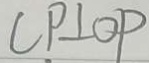
C P \bot O P